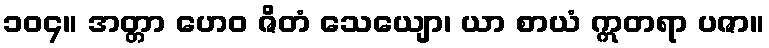
၁၀၄။ အတ္တာ ဟေဝ ဇိတံ သေယျော၊ ယာ စာယံ ဣတရာ ပဇာ။